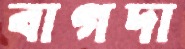
বাগদা